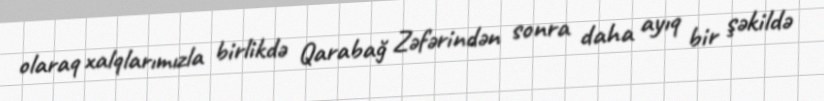
olaraq xalqlarımızla birlikdə Qarabağ Zəfərindən sonra daha ayıq bir şəkildə